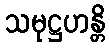
သမုဋ္ဌဟန္တိ